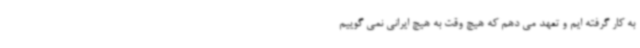
به کار گرفته ایم و تعهد می دهم که هیچ وقت به هیچ ایرانی نمی گوییم